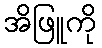
အိဖြူကို